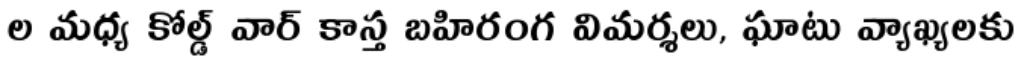
ల మధ్య కోల్డ్ వార్ కాస్త బహిరంగ విమర్శలు, ఘాటు వ్యాఖ్యలకు